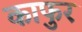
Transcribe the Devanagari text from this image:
काफुर